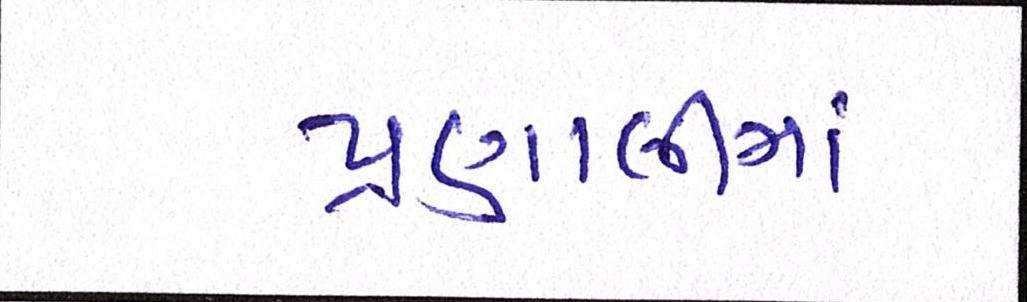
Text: પ્રણાલીમાં